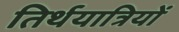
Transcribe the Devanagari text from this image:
तिर्थयात्रियों